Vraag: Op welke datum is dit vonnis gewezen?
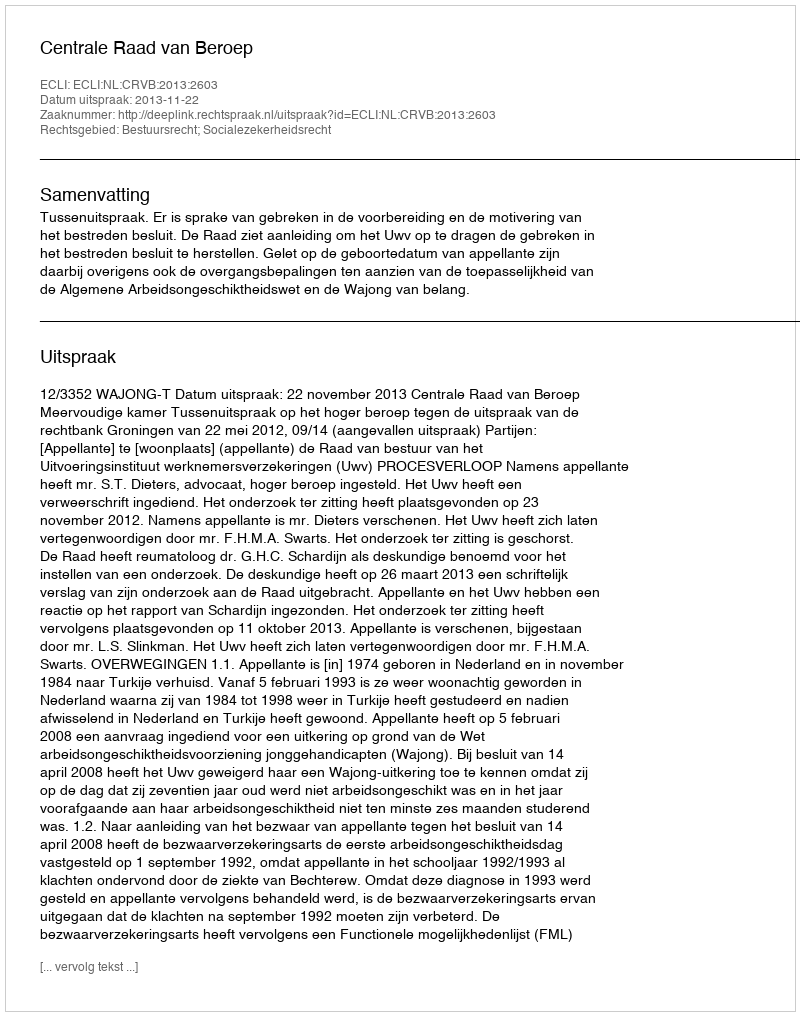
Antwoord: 2013-11-22